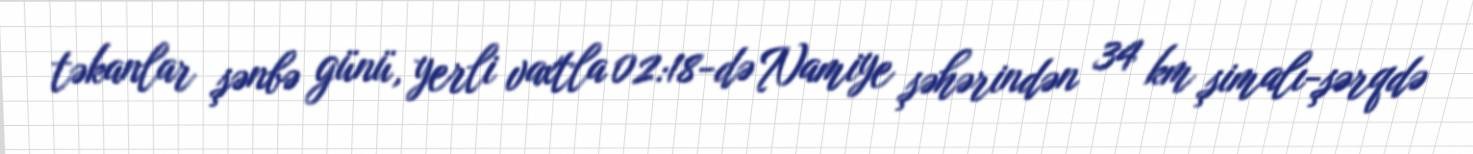
təkanlar şənbə günü, yerli vaxtla 02:18-də Namiye şəhərindən 34 km şimalı-şərqdə